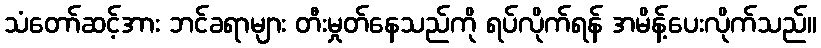
သံတော်ဆင့်အား ဘင်ခရာများ တီးမှုတ်နေသည်ကို ရပ်လိုက်ရန် အမိန့်ပေးလိုက်သည်။